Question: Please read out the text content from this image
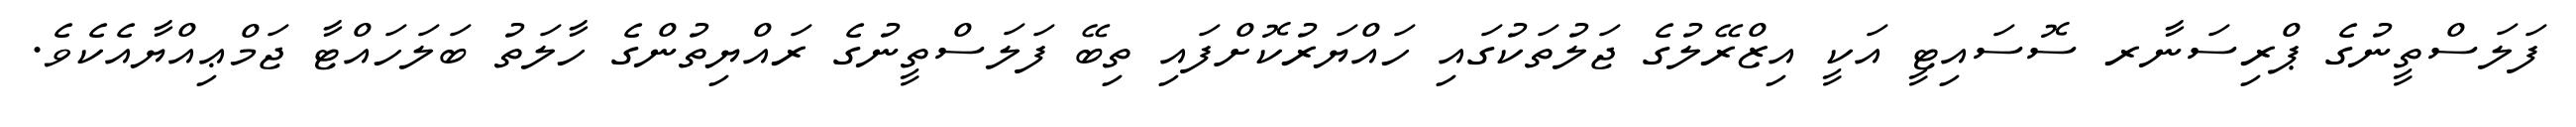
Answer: ފަލަސްތީނުގެ ޕްރިސަނާރ ސޮސައިޓީ އަކީ އިޒްރޭލުގެ ޖަލުތަކުގައި ހައްޔަރުކޮށްފައި ތިބޭ ފަލަސްތީނުގެ ރައްޔިތުންގެ ހާލަތު ބަލަހައްޓާ ޖަމްޢިއްޔާއެކެވެ.